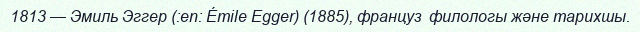
1813 — Эмиль Эггер (:en: Émile Egger) (1885), француз  филологы және тарихшы.